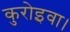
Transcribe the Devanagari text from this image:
कुरोइवा।